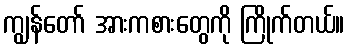
ကျွန်တော် အားကစားတွေကို ကြိုက်တယ်။